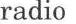
radio